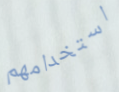
استخدامهم